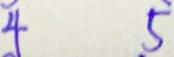
4 5